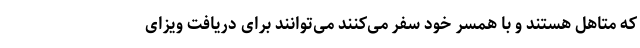
که متاهل هستند و با همسر خود سفر می‌کنند می‌توانند برای دریافت ویزای